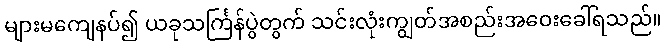
များမကျေနပ်၍ ယခုသင်္ကြန်ပွဲတွက် သင်းလုံးကျွတ်အစည်းအဝေးခေါ်ရသည်။